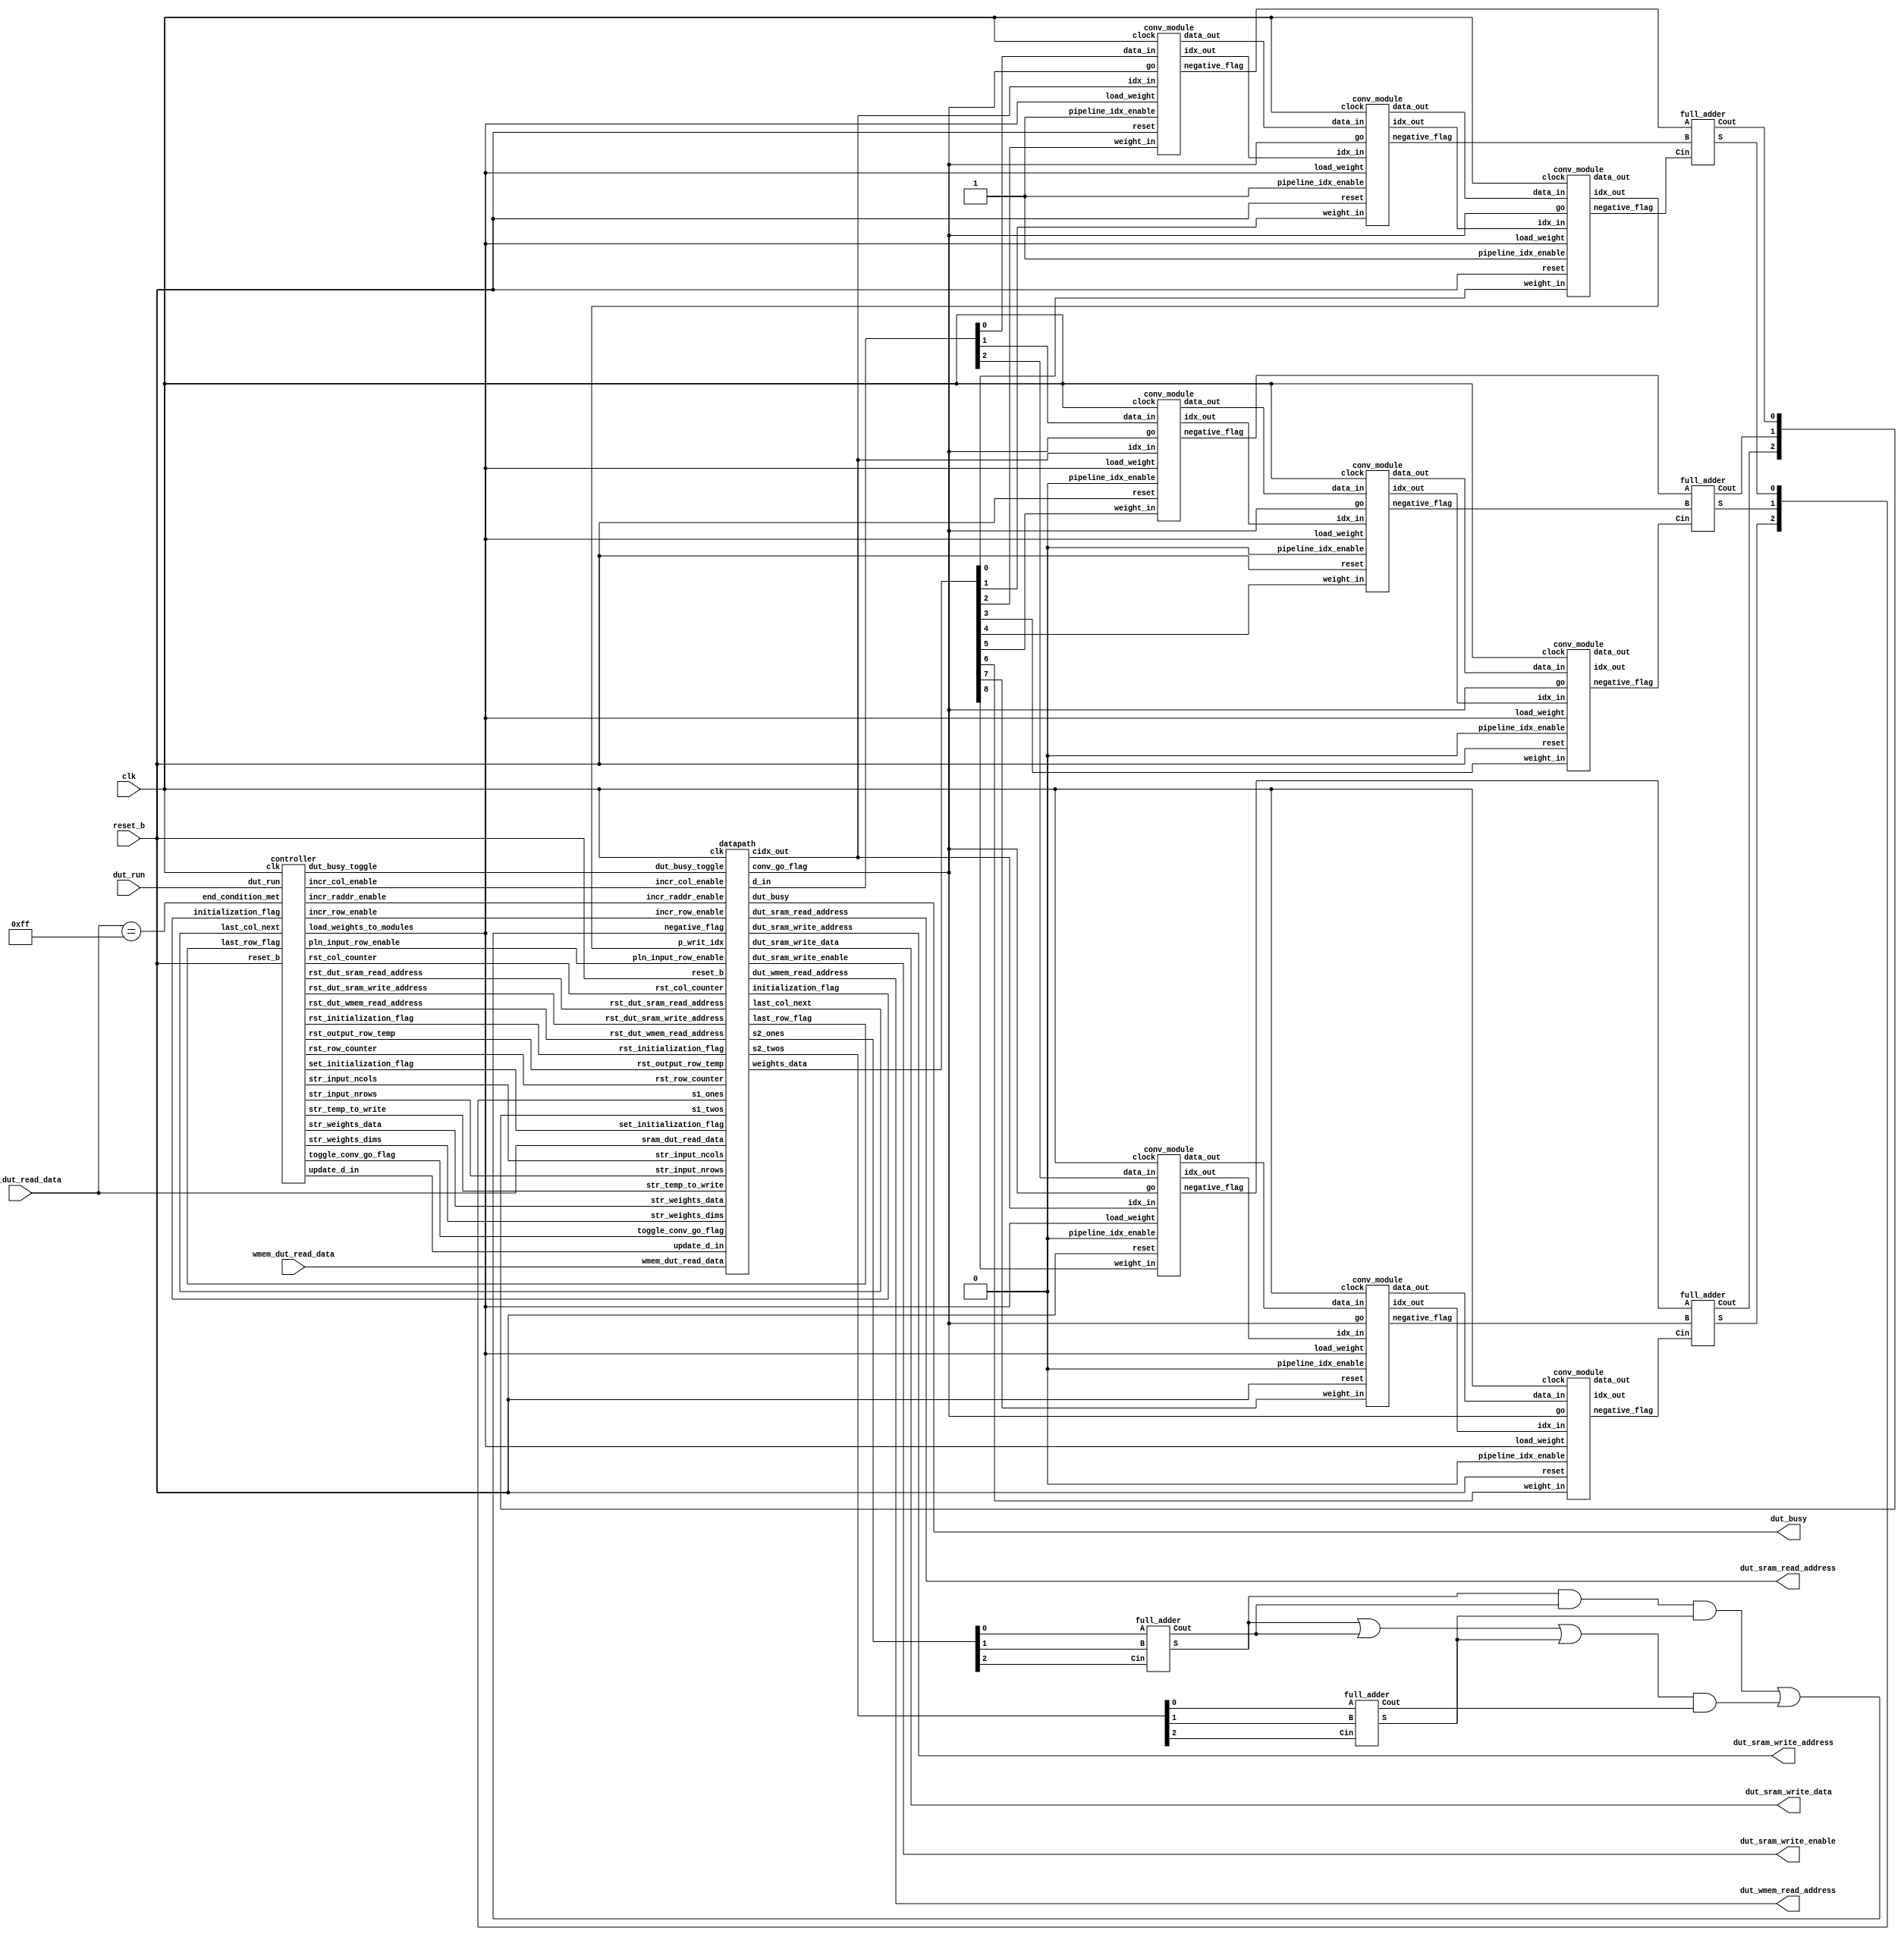
// ece564 - project 1 - Arpad Voros
module MyDesign (	dut_run,
					dut_busy,
					reset_b,
					clk,
					dut_sram_write_address,
					dut_sram_write_data,
					dut_sram_write_enable,
					dut_sram_read_address,
					sram_dut_read_data,
					dut_wmem_read_address,
					wmem_dut_read_data
					);

// MyDesign - top module without memory
// 				call this in testbench

// ========== IO INTERFACE ==========
// ========== IO INTERFACE ==========
// run and busy flag
input dut_run;
output wire dut_busy;

// reset and clock
input reset_b;
input clk;

// dut -> sram (input)
output wire [11:0] dut_sram_read_address;
// sram -> dut (input)
input [15:0] sram_dut_read_data;

// dut -> sram (weights)
output wire [11:0] dut_wmem_read_address;
// sram -> dut (weights)
input [15:0] wmem_dut_read_data;

// dut -> sram (output)
output wire [11:0] dut_sram_write_address;
output wire [15:0] dut_sram_write_data;
output wire dut_sram_write_enable;


// ========== PARAMETERS ==========
// ========== PARAMETERS ==========
// high and low, used for flags and whatnot
parameter high = 1'b1;
parameter low = 1'b0;

// indicates which modules pass the indicies
parameter top_pipeline_idx = 1'b1;
parameter blw_pipeline_idx = 1'b0;

// end condition
parameter end_condition = 16'h00FF;


// ========== WIRES ==========
// ========== WIRES ==========
// stores weights
wire [15:0] weights_data;

// data input
// pipelined thru conv modules
wire [2:0] d_in;

// column index (for writing)
// pipelined thru conv modules
wire [3:0] coli_in;

// for full adder
wire [2:0] s1_ones;
wire [2:0] s1_twos;
wire [2:0] s2_ones;
wire [2:0] s2_twos;

// logic between controller and datapath
// descriptions in report
wire initialization_flag;
wire last_col_next;
wire last_row_flag;
wire dut_busy_toggle;
wire set_initialization_flag;
wire rst_initialization_flag;
wire incr_col_enable;
wire incr_row_enable;
wire rst_col_counter;
wire rst_row_counter;
wire incr_raddr_enable;
wire rst_dut_sram_write_address;
wire rst_dut_sram_read_address;
wire rst_dut_wmem_read_address;
wire str_weights_dims;
wire str_weights_data;
wire str_input_nrows;
wire str_input_ncols;
wire pln_input_row_enable;
wire str_temp_to_write;
wire update_d_in;
wire load_weights_to_modules;
wire toggle_conv_go_flag;
wire rst_output_row_temp;
wire negative_flag;
wire conv_go_flag;
wire end_condition_met;

// pipelined data
wire d02_out, d01_out, d00_out;
wire d12_out, d11_out, d10_out;
wire d22_out, d21_out, d20_out;

// pipelined column indicies
wire [3:0] c02_out, c01_out, c00_out;
wire [3:0] c12_out, c11_out, c10_out;
wire [3:0] c22_out, c21_out, c20_out;

// negative flags (outputs to be summed)
wire n02, n01, n00;
wire n12, n11, n10;
wire n22, n21, n20;

// stage 1 & 2 full adder outputs
wire FA1_s1_ones, FA1_s1_twos;
wire FA2_s1_ones, FA2_s1_twos;
wire FA3_s1_ones, FA3_s1_twos;
wire FA1_s2_ones, FA1_s2_twos;
wire FA2_s2_twos, FA2_s2_fours;

// end condition met - stop reading
assign end_condition_met = (sram_dut_read_data == end_condition);

// to decrease clock period, add flipflops between full adder stages
assign s1_ones = { FA3_s1_ones, FA2_s1_ones, FA1_s1_ones };
assign s1_twos = { FA3_s1_twos, FA2_s1_twos, FA1_s1_twos };

// negative flag of currently rippled value
// if value 5 or more, then negative. otherwise, positive
// (out of 9 values, hence why '5' indicates majority)
assign negative_flag = (FA1_s2_ones & FA1_s2_twos & FA2_s2_twos) | ((FA1_s2_ones | FA1_s2_twos | FA2_s2_twos) & FA2_s2_fours);


// ========== EXTERNAL MODULES ==========
// ========== EXTERNAL MODULES ==========
// controller
controller ctrl (	// top + mem
					.dut_run(dut_run),
					.reset_b(reset_b),
					.clk(clk),
					// inputs (data + mem conditions)
					.end_condition_met(end_condition_met),
					.initialization_flag(initialization_flag),
					.last_col_next(last_col_next),
					.last_row_flag(last_row_flag),
					// outputs (control logic)
					.dut_busy_toggle(dut_busy_toggle),
					.set_initialization_flag(set_initialization_flag),
					.rst_initialization_flag(rst_initialization_flag),
					.incr_col_enable(incr_col_enable),
					.incr_row_enable(incr_row_enable),
					.rst_col_counter(rst_col_counter),
					.rst_row_counter(rst_row_counter),
					.incr_raddr_enable(incr_raddr_enable),
					.rst_dut_sram_write_address(rst_dut_sram_write_address),
					.rst_dut_sram_read_address(rst_dut_sram_read_address),
					.rst_dut_wmem_read_address(rst_dut_wmem_read_address),
					.str_weights_dims(str_weights_dims),
					.str_weights_data(str_weights_data),
					.str_input_nrows(str_input_nrows),
					.str_input_ncols(str_input_ncols),
					.pln_input_row_enable(pln_input_row_enable),
					.str_temp_to_write(str_temp_to_write),
					.update_d_in(update_d_in),
					.load_weights_to_modules(load_weights_to_modules),
					.toggle_conv_go_flag(toggle_conv_go_flag),
					.rst_output_row_temp(rst_output_row_temp)
					);

// datapath
datapath dp (	// top + mem
				.dut_busy(dut_busy),
				.reset_b(reset_b),
				.clk(clk),
				.dut_sram_write_address(dut_sram_write_address),
				.dut_sram_write_data(dut_sram_write_data),
				.dut_sram_write_enable(dut_sram_write_enable),
				.dut_sram_read_address(dut_sram_read_address),
				.sram_dut_read_data(sram_dut_read_data),
				.dut_wmem_read_address(dut_wmem_read_address),
				.wmem_dut_read_data(wmem_dut_read_data),
				// inputs (control logic)
				.dut_busy_toggle(dut_busy_toggle),
				.set_initialization_flag(set_initialization_flag),
				.rst_initialization_flag(rst_initialization_flag),
				.incr_col_enable(incr_col_enable),
				.incr_row_enable(incr_row_enable),
				.rst_col_counter(rst_col_counter),
				.rst_row_counter(rst_row_counter),
				.incr_raddr_enable(incr_raddr_enable),
				.rst_dut_sram_write_address(rst_dut_sram_write_address),
				.rst_dut_sram_read_address(rst_dut_sram_read_address),
				.rst_dut_wmem_read_address(rst_dut_wmem_read_address),
				.str_weights_dims(str_weights_dims),
				.str_weights_data(str_weights_data),
				.str_input_nrows(str_input_nrows),
				.str_input_ncols(str_input_ncols),
				.pln_input_row_enable(pln_input_row_enable),
				.str_temp_to_write(str_temp_to_write),
				.update_d_in(update_d_in),
				.toggle_conv_go_flag(toggle_conv_go_flag),
				.rst_output_row_temp(rst_output_row_temp),
				.p_writ_idx(c00_out),
				.s1_ones(s1_ones),
				.s1_twos(s1_twos),
				.negative_flag(negative_flag),
				// outputs (data + some flags)
				.initialization_flag(initialization_flag),
				.last_col_next(last_col_next),
				.last_row_flag(last_row_flag),
				.weights_data(weights_data),
				.d_in(d_in),
				.cidx_out(coli_in),
				.conv_go_flag(conv_go_flag),
				.s2_ones(s2_ones),
				.s2_twos(s2_twos)
				);

// instantiate convolution modules
//  --> --> --> --> --> -->
// [dyx] -> m02, m01, m00 ->
// [dyx] -> m12, m11, m10 ->
// [dyx] -> m22, m21, m20 ->
//  --> --> --> --> --> -->
// first row
conv_module m02 (clk, reset_b, conv_go_flag, load_weights_to_modules, weights_data[2], d_in[0], top_pipeline_idx, coli_in, d02_out, c02_out, n02);
conv_module m01 (clk, reset_b, conv_go_flag, load_weights_to_modules, weights_data[1], d02_out, top_pipeline_idx, c02_out, d01_out, c01_out, n01);
conv_module m00 (clk, reset_b, conv_go_flag, load_weights_to_modules, weights_data[0], d01_out, top_pipeline_idx, c01_out, d00_out, c00_out, n00);
// second row                                                                                                     
conv_module m12 (clk, reset_b, conv_go_flag, load_weights_to_modules, weights_data[5], d_in[1], blw_pipeline_idx, coli_in, d12_out, c12_out, n12);
conv_module m11 (clk, reset_b, conv_go_flag, load_weights_to_modules, weights_data[4], d12_out, blw_pipeline_idx, c12_out, d11_out, c11_out, n11);
conv_module m10 (clk, reset_b, conv_go_flag, load_weights_to_modules, weights_data[3], d11_out, blw_pipeline_idx, c11_out, d10_out, c10_out, n10);
// third row                                                                                                      
conv_module m22 (clk, reset_b, conv_go_flag, load_weights_to_modules, weights_data[8], d_in[2], blw_pipeline_idx, coli_in, d22_out, c22_out, n22);
conv_module m21 (clk, reset_b, conv_go_flag, load_weights_to_modules, weights_data[7], d22_out, blw_pipeline_idx, c22_out, d21_out, c21_out, n21);
conv_module m20 (clk, reset_b, conv_go_flag, load_weights_to_modules, weights_data[6], d21_out, blw_pipeline_idx, c21_out, d20_out, c20_out, n20);

// instantiate adders for pos/neg calculation
// input stage 1 -> output stage 2
full_adder FA1_s1 (n02, n01, n00, FA1_s1_ones, FA1_s1_twos);
full_adder FA2_s1 (n12, n11, n10, FA2_s1_ones, FA2_s1_twos);
full_adder FA3_s1 (n22, n21, n20, FA3_s1_ones, FA3_s1_twos);
// input stage 2 -> output stage 3
full_adder FA1_s2 (s2_ones[0], s2_ones[1], s2_ones[2], FA1_s2_ones, FA1_s2_twos);
full_adder FA2_s2 (s2_twos[0], s2_twos[1], s2_twos[2], FA2_s2_twos, FA2_s2_fours);

endmodule

// ~~~~~~~~~~~~~~~~~~~~~~~~~~~~~~~~~~~~~~~~~~~~~~~~~~~~~~~~~~~~~~~~~~~~~~~~~~~~~~
// ~~~~~~~~~~~~~~~~~~~~~~~~~~~~~~~~~~~~~~~~~~~~~~~~~~~~~~~~~~~~~~~~~~~~~~~~~~~~~~
// ~~~~~~~~~~~~~~~~~~~~~~~~~~~~~~~~~~~~~~~~~~~~~~~~~~~~~~~~~~~~~~~~~~~~~~~~~~~~~~

// ece564 - project 1 - Arpad Voros
module full_adder (A, B, Cin, S, Cout);
// full_adder - a simple full adder

// ========== IO INTERFACE ==========
// ========== IO INTERFACE ==========
// inputs A, B, carry in
input A;
input B;
input Cin;

// sum and carry out
output S;
output Cout;


// ========== WIRES ==========
// ========== WIRES ==========
// wires
wire ab_xor;
wire S;
wire Cout;

// logic
assign ab_xor = A ^ B;
assign S = ab_xor ^ Cin;
assign Cout = (A & B) | (ab_xor & Cin);

endmodule

// ~~~~~~~~~~~~~~~~~~~~~~~~~~~~~~~~~~~~~~~~~~~~~~~~~~~~~~~~~~~~~~~~~~~~~~~~~~~~~~
// ~~~~~~~~~~~~~~~~~~~~~~~~~~~~~~~~~~~~~~~~~~~~~~~~~~~~~~~~~~~~~~~~~~~~~~~~~~~~~~
// ~~~~~~~~~~~~~~~~~~~~~~~~~~~~~~~~~~~~~~~~~~~~~~~~~~~~~~~~~~~~~~~~~~~~~~~~~~~~~~

// ece564 - project 1 - Arpad Voros
module controller (	// top + mem
					dut_run,
					reset_b,
					clk,
					// inputs (data + mem conditions)
					end_condition_met,
					initialization_flag,
					last_col_next,
					last_row_flag,
					// outputs (control logic)
					dut_busy_toggle,
					set_initialization_flag,
					rst_initialization_flag,
					incr_col_enable,
					incr_row_enable,
					rst_col_counter,
					rst_row_counter,
					incr_raddr_enable,
					rst_dut_sram_write_address,
					rst_dut_sram_read_address,
					rst_dut_wmem_read_address,
					str_weights_dims,
					str_weights_data,
					str_input_nrows,
					str_input_ncols,
					pln_input_row_enable,
					str_temp_to_write,
					update_d_in,
					load_weights_to_modules,
					toggle_conv_go_flag,
					rst_output_row_temp
					);

// controller - logic controller, sets flags
// 				and indicators and such

// ========== IO INTERFACE ==========
// ========== IO INTERFACE ==========
// run flag from top
input dut_run;

// reset and clock
input reset_b;
input clk;

// inputs (data + mem conditions)
// descriptions in report
input end_condition_met;
input initialization_flag;
input last_col_next;
input last_row_flag;

// outputs (control logic)
// descriptions in report
output reg dut_busy_toggle;
output reg set_initialization_flag;
output reg rst_initialization_flag;
output reg incr_col_enable;
output reg incr_row_enable;
output reg rst_col_counter;
output reg rst_row_counter;
output reg incr_raddr_enable;
output reg rst_dut_sram_write_address;
output reg rst_dut_sram_read_address;
output reg rst_dut_wmem_read_address;
output reg str_weights_dims;
output reg str_weights_data;
output reg str_input_nrows;
output reg str_input_ncols;
output reg pln_input_row_enable;
output reg str_temp_to_write;
output reg update_d_in;
output reg load_weights_to_modules;
output reg toggle_conv_go_flag;
output reg rst_output_row_temp;


// ========== PARAMETERS ==========
// ========== PARAMETERS ==========
// high and low, used for flags and whatnot
parameter high = 1'b1;
parameter low = 1'b0;

// states
parameter [3:0]
	S0 = 4'b0000,
	S1 = 4'b0001,
	S2 = 4'b0010,
	S3 = 4'b0011,
	S4 = 4'b0100,
	S5 = 4'b0101,
	S6 = 4'b0110,
	S7 = 4'b0111,
	S8 = 4'b1000,
	S9 = 4'b1001,
	SA = 4'b1010,
	SB = 4'b1011,
	SC = 4'b1100,
	SD = 4'b1101,
	SE = 4'b1110,
	SF = 4'b1111;


// ========== LOCAL REGISTERS ==========
// ========== LOCAL REGISTERS ==========
// store states
reg [3:0] current_state, next_state;

// same state indicator
wire same_state_flag;
reg p_same_state_flag;


// ========== FLIP-FLOPS ==========
// ========== FLIP-FLOPS ==========
// FSM State Register
always@(posedge clk or negedge reset_b)
	if (!reset_b) current_state <= S0;
	else current_state <= next_state;

// Same State Register
always@(posedge clk)
	if (!reset_b) p_same_state_flag <= low;
	else p_same_state_flag <= same_state_flag;


// ========== COMBINATIONAL LOGIC ==========
// ========== COMBINATIONAL LOGIC ==========
// Logic
always@(current_state or same_state_flag)
begin
	// ========== NEXT STATE LOGIC ==========
	// ========== NEXT STATE LOGIC ==========
	case(current_state)
		S0: next_state = dut_run ? S1 : S0;
		S1: next_state = S2;
		S2: next_state = S3;
		S3: next_state = S4;
		S4: next_state = S5;
		S5: next_state = S6;
		S6: next_state = S7;
		S7: next_state = S8;
		S8: next_state = end_condition_met ? SD : (last_col_next ? S9 : S8);
		S9: next_state = SA;
		SA: next_state = SB;
		SB: next_state = last_row_flag ? SC : S7;
		SC: next_state = S1;
		SD: next_state = S0;
		default: next_state = S0;
	endcase
	
	
	// ========== LOGIC FOR OUTPUTS ==========
	// ========== LOGIC FOR OUTPUTS ==========
	// defaults	
	dut_busy_toggle = low;
	set_initialization_flag = low;
	rst_initialization_flag = low;
	incr_col_enable = low;
	incr_row_enable = low;
	rst_col_counter = low;
	rst_row_counter = low;
	incr_raddr_enable = low;
	rst_dut_sram_write_address = low;
	rst_dut_sram_read_address = low;
	rst_dut_wmem_read_address = low;
	str_weights_dims = low;
	str_weights_data = low;
	str_input_nrows = low;
	str_input_ncols = low;
	pln_input_row_enable = low;
	str_temp_to_write = low;
	update_d_in = low;
	load_weights_to_modules = low;
	toggle_conv_go_flag = low;
	rst_output_row_temp = low;
	
	case(current_state)
		S0: begin
			if (dut_run) begin
				// set dut_busy flag
				dut_busy_toggle = high;
				// load weights data address
				// wmem data will show 2 clock cycles later
				rst_dut_wmem_read_address = high;
				// increment to store input dimension 2 (columns)
				// sram data will show 2 clock cycles later
				incr_raddr_enable = high;
			end
		end
		S1: begin
			// initializing flag
			// used to determine when a new input/weight
			// is starting to be loaded in
			set_initialization_flag = high;
			// store input dimension 1 (rows)
			str_input_nrows = high;
			// store weight dimensions
			str_weights_dims = high;
			// increment sram read address
			incr_raddr_enable = high;
		end
		S2: begin
			// reset initializing flag if end
			rst_initialization_flag = end_condition_met;
			// store input dimension 2 (columns)
			str_input_ncols = high;
			// store weight values
			str_weights_data = high;
			// increment sram read address
			incr_raddr_enable = high;
		end
		S3: begin
			// read in first row and pipeline the rest
			pln_input_row_enable = high;
			// load weights into convolution modules
			load_weights_to_modules = high;
			// increment sram read address
			incr_raddr_enable = high;
		end
		S4: begin
			// read in second row and pipeline the rest
			pln_input_row_enable = high;
		end
		S5: begin
			// read in third row and pipeline the rest
			pln_input_row_enable = high;
		end
		S6: begin 
			// nothing happens. just delays by 1 clock cycle to
			// let data be loaded in
		end
		S7: begin
			// increment column index for next data to be loaded
			// into convolution modules
			incr_col_enable = high;
			// update registers for data input of convolution modules
			update_d_in = high;
			// set convolution flag to high to pipeline
			// data through convolution modules
			toggle_conv_go_flag = high;
			// if not initializing (i.e., not coming from state 1-6)
			// then this is calculating new output while old output
			// is ready to be stored
			str_temp_to_write = ~initialization_flag;
		end
		S8: begin
			// increment column index for next data to be loaded
			// into convolution modules
			incr_col_enable = high;
			// update registers for data input of convolution modules
			update_d_in = high;
			// if next calculation is for final column (i.e.
			// moving to state 9), increment read address 
			incr_raddr_enable = last_col_next;
		end
		S9: begin
			// increment row index to prepare for next row
			incr_row_enable = high;
			// reset column counter
			rst_col_counter = high;
			// set convolution flag to low to allow for new
			// data to be read
			toggle_conv_go_flag = high;
		end
		SA: begin
			// read in next row and pipeline the rest
			pln_input_row_enable = high;
		end
		SB: begin
			// reset initializing flag
			// since last row was reached. next input
			// is either new input dimensions or EOF
			rst_initialization_flag = high;
		end
		SC: begin
			// last row reached
			rst_row_counter = high;
			// reset output storage register
			rst_output_row_temp = high;
			// going back to state where weight data
			// is stored. set read address to 1 briefly for the read
			rst_dut_wmem_read_address = high;
		end
		SD: begin
			// reset dut_busy flag
			dut_busy_toggle = high;
			// stopping, but expected to continue with convolution
			// therefore toggled once more to turn it off
			toggle_conv_go_flag = high;
			// reset counters, output storage, and addresses
			rst_col_counter = high;
			rst_row_counter = high;
			rst_output_row_temp = high;
			rst_dut_sram_write_address = high;
			rst_dut_sram_read_address = high;
		end
		default: begin end
	endcase
end


// ========== WIRES ==========
// ========== WIRES ==========
// same state indicator 
assign same_state_flag = (current_state == next_state) ? ~p_same_state_flag : p_same_state_flag;

endmodule

// ~~~~~~~~~~~~~~~~~~~~~~~~~~~~~~~~~~~~~~~~~~~~~~~~~~~~~~~~~~~~~~~~~~~~~~~~~~~~~~
// ~~~~~~~~~~~~~~~~~~~~~~~~~~~~~~~~~~~~~~~~~~~~~~~~~~~~~~~~~~~~~~~~~~~~~~~~~~~~~~
// ~~~~~~~~~~~~~~~~~~~~~~~~~~~~~~~~~~~~~~~~~~~~~~~~~~~~~~~~~~~~~~~~~~~~~~~~~~~~~~

// ece564 - project 1 - Arpad Voros
module datapath (	// top + mem
					dut_busy,
					reset_b,
					clk,
					dut_sram_write_address,
					dut_sram_write_data,
					dut_sram_write_enable,
					dut_sram_read_address,
					sram_dut_read_data,
					dut_wmem_read_address,
					wmem_dut_read_data,
					// inputs (control logic)
					dut_busy_toggle,
					set_initialization_flag,
					rst_initialization_flag,
					incr_col_enable,
					incr_row_enable,
					rst_col_counter,
					rst_row_counter,
					incr_raddr_enable,
					rst_dut_sram_write_address,
					rst_dut_sram_read_address,
					rst_dut_wmem_read_address,
					str_weights_dims,
					str_weights_data,
					str_input_nrows,
					str_input_ncols,
					pln_input_row_enable,
					str_temp_to_write,
					update_d_in,
					toggle_conv_go_flag,
					rst_output_row_temp,
					p_writ_idx,
					s1_ones,
					s1_twos,
					negative_flag,
					// outputs (data + some flags)
					initialization_flag,
					last_col_next,
					last_row_flag,
					weights_data,
					d_in,
					cidx_out,
					conv_go_flag,
					s2_ones,
					s2_twos
					);

// datapath - using control signals from controller
// 				manipulates registers + data, reads
// 				and writes through top

// ========== IO INTERFACE ==========
// ========== IO INTERFACE ==========
// busy flag
output reg dut_busy;

// reset and clock
input reset_b;
input clk;

// dut -> sram (input)
output reg [11:0] dut_sram_read_address;
// sram -> dut (input)
input [15:0] sram_dut_read_data;

// dut -> sram (weights)
output reg [11:0] dut_wmem_read_address;
// sram -> dut (weights)
input [15:0] wmem_dut_read_data;

// dut -> sram (output)
output reg [11:0] dut_sram_write_address;
output reg [15:0] dut_sram_write_data;
output wire dut_sram_write_enable;

// inputs (control logic)
// descriptions in report
input dut_busy_toggle;
input set_initialization_flag;
input rst_initialization_flag;
input incr_col_enable;
input incr_row_enable;
input rst_col_counter;
input rst_row_counter;
input incr_raddr_enable;
input rst_dut_sram_write_address;
input rst_dut_sram_read_address;
input rst_dut_wmem_read_address;
input str_weights_dims;
input str_weights_data;
input str_input_nrows;
input str_input_ncols;
input pln_input_row_enable;
input str_temp_to_write;
input update_d_in;
input toggle_conv_go_flag;
input rst_output_row_temp;
input [3:0] p_writ_idx;
input [2:0] s1_ones;
input [2:0] s1_twos;
input negative_flag;

// outputs (data + some flags)
// descriptions in report
output reg initialization_flag;
output reg last_col_next;
output reg last_row_flag;
output reg [15:0] weights_data;
output reg [2:0] d_in;
output wire [3:0] cidx_out;
output reg conv_go_flag;
output reg [2:0] s2_ones;
output reg [2:0] s2_twos;


// ========== PARAMETERS ==========
// ========== PARAMETERS ==========
// high and low, used for flags and whatnot
parameter high = 1'b1;
parameter low = 1'b0;

// since weights is limited to 3x3, ONLY second address needed for weights
// parameter weights_dims_addr = 12'h0;
parameter weights_data_addr = 12'h1;

// increment everything by this much
parameter incr = 1'b1;

// initial index, address, counter
parameter d_in_init = 3'h0;
parameter indx_init = 4'h0;
parameter addr_init = 12'h0;
parameter data_init = 16'h0;
parameter cntr_init = 16'h0;


// ========== LOCAL REGISTERS ==========
// ========== LOCAL REGISTERS ==========
// row and column counters
reg [15:0] ridx_counter;
reg [15:0] cidx_counter;

// store weight dimensions, data
reg [15:0] weights_dims;

// store number of input rows, columns
reg [15:0] input_num_rows;
reg [15:0] input_num_cols;

// store first, second, third row of input
// (hardcoded because kernel limited to 3x3)
reg [15:0] input_r0;
reg [15:0] input_r1;
reg [15:0] input_r2;

// maximum row and column index for writing
reg [3:0] max_col_idx;

// write index
reg [3:0] writ_idx;

// temporary output register
reg [15:0] output_row_temp;

// for storing previous value for write enable
reg p_str_temp_to_write;


// ========== WIRES ==========
// ========== WIRES ==========
// calling index from input_rx
wire [3:0] call_idx;
assign call_idx = cidx_counter[3:0];
assign cidx_out = cidx_counter[3:0] - incr;

// falling edge of storing temp array
assign dut_sram_write_enable = ~str_temp_to_write & p_str_temp_to_write;


// ========== FLIP-FLOPS ==========
// ========== FLIP-FLOPS ==========
// DUT Busy TFF
always@(posedge clk or negedge reset_b)
	if (!reset_b) dut_busy <= low;
	else if (dut_busy_toggle) dut_busy <= ~dut_busy;

// READING SRAM (INPUTS) ------------------------------------
// Reset, Increment SRAM Read Address
always@(posedge clk or negedge reset_b)
	if (!reset_b) dut_sram_read_address <= addr_init;
	else if (rst_dut_sram_read_address) dut_sram_read_address <= addr_init;
	else if (incr_raddr_enable) dut_sram_read_address <= dut_sram_read_address + incr;

// Store Number of Input Rows
always@(posedge clk or negedge reset_b)
	if (!reset_b) input_num_rows <= data_init;
	else if (str_input_nrows) input_num_rows <= sram_dut_read_data - incr;

// Store Number of Input Columns
always@(posedge clk or negedge reset_b)
	if (!reset_b) begin 
		input_num_cols <= data_init;
		max_col_idx <= indx_init;
	end else if (str_input_ncols) begin
		input_num_cols <= sram_dut_read_data - incr;
		max_col_idx <= sram_dut_read_data - incr - weights_dims;
	end

// Row 0 Data
always@(posedge clk or negedge reset_b)
	if (!reset_b) input_r0 <= data_init;
	else if (pln_input_row_enable) input_r0 <= input_r1;
	
// Row 1 Data
always@(posedge clk or negedge reset_b)
	if (!reset_b) input_r1 <= data_init;
	else if (pln_input_row_enable) input_r1 <= input_r2;
	
// Row 2 Data
always@(posedge clk or negedge reset_b)
	if (!reset_b) input_r2 <= data_init;
	else if (pln_input_row_enable) input_r2 <= sram_dut_read_data;

// WRITING SRAM (INPUTS) ------------------------------------
// Reset, Increment SRAM Write Address
always@(posedge clk or negedge reset_b)
	if (!reset_b) dut_sram_write_address <= addr_init;
	else if (rst_dut_sram_write_address) dut_sram_write_address <= addr_init;
	else if (dut_sram_write_enable) dut_sram_write_address <= dut_sram_write_address + incr;

// For Write Enable: Falling Edge of Storing Flag of Output Register
always@(posedge clk)
	p_str_temp_to_write <= str_temp_to_write;

// Reset, Set SRAM Write Data
always@(posedge clk or negedge reset_b)
	if (!reset_b) dut_sram_write_data <= data_init;
	else if (str_temp_to_write) dut_sram_write_data <= output_row_temp;

// Store Output Result in Temporary Register
always@(posedge clk or negedge reset_b)
	if (!reset_b) output_row_temp <= data_init;
	else if (rst_output_row_temp) output_row_temp <= data_init;
	else if (writ_idx <= max_col_idx) output_row_temp[writ_idx] <= ~negative_flag;

// READING SRAM (WEIGHTS) ------------------------------------
// Reset, Set WeightMem Read Address
always@(posedge clk or negedge reset_b)
	if (!reset_b) dut_wmem_read_address <= addr_init;
	else dut_wmem_read_address <= rst_dut_wmem_read_address ? weights_data_addr : addr_init;

// Store Weight Dimensions
always@(posedge clk or negedge reset_b)
	if (!reset_b) weights_dims <= data_init;
	else if (str_weights_dims) weights_dims <= wmem_dut_read_data - incr;
	
// Store Weight Values
always@(posedge clk or negedge reset_b)
	if (!reset_b) weights_data <= data_init;
	else if (str_weights_data) weights_data <= wmem_dut_read_data;

// CONVOLUTION MODULE ------------------------------------
// Convolution Module Data Inputs
always@(posedge clk or negedge reset_b)
	if (!reset_b) d_in <= d_in_init;
	else if (update_d_in) d_in <= {	input_r2[call_idx], 
									input_r1[call_idx],
									input_r0[call_idx]};

// Pipeline Full Adder Stage 1 -> 2
always@(posedge clk or negedge reset_b)
	if (!reset_b) begin
		s2_ones <= d_in_init;
		s2_twos <= d_in_init;
		writ_idx <= indx_init;
	end else begin 
		s2_ones <= s1_ones;
		s2_twos <= s1_twos;
		writ_idx <= p_writ_idx;
	end
	
// Convolution Go Flag
always@(posedge clk or negedge reset_b)
	if (!reset_b) conv_go_flag <= low;
	else if (toggle_conv_go_flag) conv_go_flag <= ~conv_go_flag;

// DATA AND STATUS FOR CONTROLLER ------------------------------------
// Column Counter
always@(posedge clk or negedge reset_b)
	if (!reset_b) begin 
		cidx_counter <= cntr_init;
		last_col_next <= low;
	end else if (rst_col_counter) begin
		cidx_counter <= cntr_init;
		last_col_next <= low;
	end	else if (incr_col_enable) begin
		cidx_counter <= cidx_counter + incr;
		last_col_next <= input_num_cols == cidx_counter + incr;
	end

// Row Counter
always@(posedge clk or negedge reset_b)
	if (!reset_b) begin 
		ridx_counter <= cntr_init;
		last_row_flag <= low;
	end else if (rst_row_counter) begin
		ridx_counter <= cntr_init;
		last_row_flag <= low;
	end else if (incr_row_enable) begin 
		ridx_counter <= ridx_counter + incr;
		last_row_flag <= input_num_rows == ridx_counter + incr;
	end

// Initialization Flag
always@(posedge clk or negedge reset_b)
	if (!reset_b) initialization_flag <= low;
	else if (rst_initialization_flag) initialization_flag <= low;
	else if (set_initialization_flag) initialization_flag <= high;

endmodule

// ~~~~~~~~~~~~~~~~~~~~~~~~~~~~~~~~~~~~~~~~~~~~~~~~~~~~~~~~~~~~~~~~~~~~~~~~~~~~~~
// ~~~~~~~~~~~~~~~~~~~~~~~~~~~~~~~~~~~~~~~~~~~~~~~~~~~~~~~~~~~~~~~~~~~~~~~~~~~~~~
// ~~~~~~~~~~~~~~~~~~~~~~~~~~~~~~~~~~~~~~~~~~~~~~~~~~~~~~~~~~~~~~~~~~~~~~~~~~~~~~

// ece564 - project 1 - Arpad Voros
module conv_module (// top
					clock,
					reset,
					// inputs (logic, data)
					go,
					load_weight,
					weight_in,
					data_in,
					pipeline_idx_enable,
					idx_in,
					// outputs (data, idx, result)
					data_out,
					idx_out,
					negative_flag
					);

// conv_module - a single module to pipeline
//				data and 'multiply' with each
//				weight. since our weight dimensions
//				are limited to 3x3, there are 9 of these
//				modules declared in top

// ========== IO INTERFACE ==========
// ========== IO INTERFACE ==========
// top inputs
input clock;
input reset;

// inputs (logic, data)
input go;
input load_weight;
input weight_in;
input data_in;
input pipeline_idx_enable;
input [3:0] idx_in;

// outputs (data, idx, result)
output reg data_out;
output reg [3:0] idx_out;
output wire negative_flag;


// ========== LOCAL REGISTERS ==========
// ========== LOCAL REGISTERS ==========
reg weight;


// ========== FLIP-FLOPS ==========
// ========== FLIP-FLOPS ==========
always@(posedge clock)
begin
	// active low reset
	if (!reset) begin
		// reset input indicies
		idx_out <= 4'b0;
		// reset weight to 0 (negative)
		weight <= 1'b0;
		// reset data to 0 (negative)
		data_out <= 1'b0;
	end else begin
		if (go) begin
			// pipelines data
			data_out <= data_in;
			if (pipeline_idx_enable) begin
				// pass index forward
				idx_out <= idx_in;
			end
		end
		if (load_weight) begin
			// load weight
			weight <= weight_in;
		end
	end
end

// ========== WIRES ==========
// ========== WIRES ==========
// multiplication of weight and data. 1 if negative, 0 if positive
assign negative_flag = weight ^ data_out;

endmodule